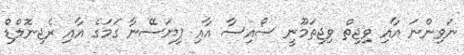
ނަވިންނަ އާއި ވިޖިތް ވިޖިތަމޫނީ ސޯއިސާ އާއި ޕިޔަސޭނާ ގަމަގެ އާއި ރެޖިނޮލްޑް